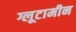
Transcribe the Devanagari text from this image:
ग्लूटामीन